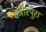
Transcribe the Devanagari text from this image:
वजीरपुरा